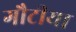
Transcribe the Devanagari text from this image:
गौटीया